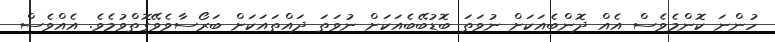
ހުންނަ ކޮންމެވެސް އެއް ދޮންބެއަކަށް ނުވަތަ ބޮޑުބޭބެއަކަށް ނުވަތަ ދައްތައަކަށް ބަރޯސާވެވޭގޮތްވުމެވެ. އެއްވެސް